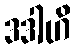
ဒဒါဟိ